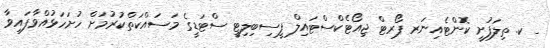
_ ކ. ތިލަފުށީ ކޮންޓެއިނަރ ޕޯރޓް ޖިއޯޓެކްސްޓައިލް ފީސިބިލިޓީ ސްޓަޑީގެ މަސައްކަތްކުރުމަށް ހުށަހަޅުއްވާފައިވާ